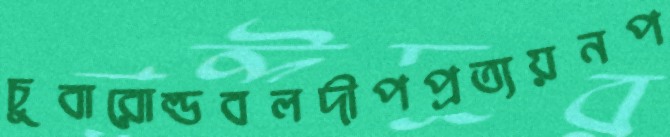
চুবারোল্ডবলদীপপ্রত্যয়নপ